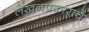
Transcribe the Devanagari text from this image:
लेखनप्रकाराचे